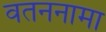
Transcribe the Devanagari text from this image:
वतननामा